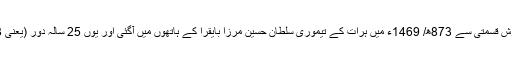
مولانا جامی نے یہ تینوں اَدوار دیکھے تھے، مگر نویں صدی ہجری کے سیاسی حالات کی باگ دوڑ خوش قسمتی سے 873ھ/ 1469ء میں ہرات کے تیموری سلطان حسین مرزا بایقرا کے ہاتھوں میں آگئی اور یوں 25 سالہ دور (یعنی 873ھ تا 898ھ مطابق 1469ء تا 1492ء تک) میں ماوراء النہر اور خراسان میں امن و اَمان برقرا رہا۔